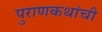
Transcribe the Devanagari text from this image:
पुराणकथांची